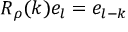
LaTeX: R _ { \rho } ( k ) e _ { l } = e _ { l - k }